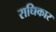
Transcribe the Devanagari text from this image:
राधिकार